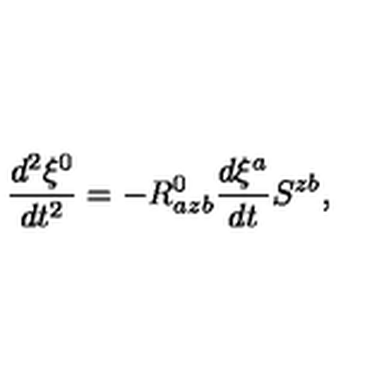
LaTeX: \frac { d ^ { 2 } \xi ^ { 0 } } { d t ^ { 2 } } = - R _ { a z b } ^ { 0 } \frac { d \xi ^ { a } } { d t } S ^ { z b } ,